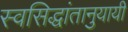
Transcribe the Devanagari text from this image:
स्वसिद्धांतानुयायी